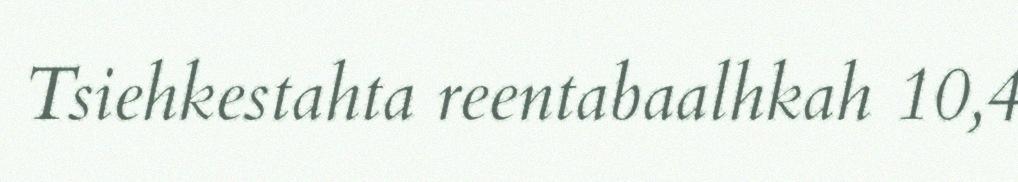
Tsiehkestahta reentabaalhkah 10,4